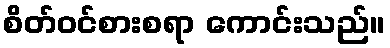
စိတ်ဝင်စားစရာ ကောင်းသည်။